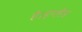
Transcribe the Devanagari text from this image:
है।इंग्लैंड